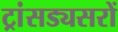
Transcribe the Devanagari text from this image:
ट्रांसड्यसरों